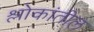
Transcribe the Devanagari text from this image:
श्लोकांतील